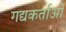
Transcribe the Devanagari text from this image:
गद्यकर्ताओं